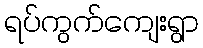
ရပ်ကွက်ကျေးရွာ